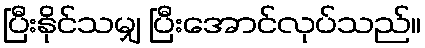
ပြီးနိုင်သမျှ ပြီးအောင်လုပ်သည်။